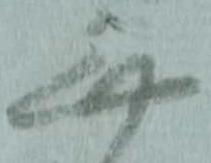
無